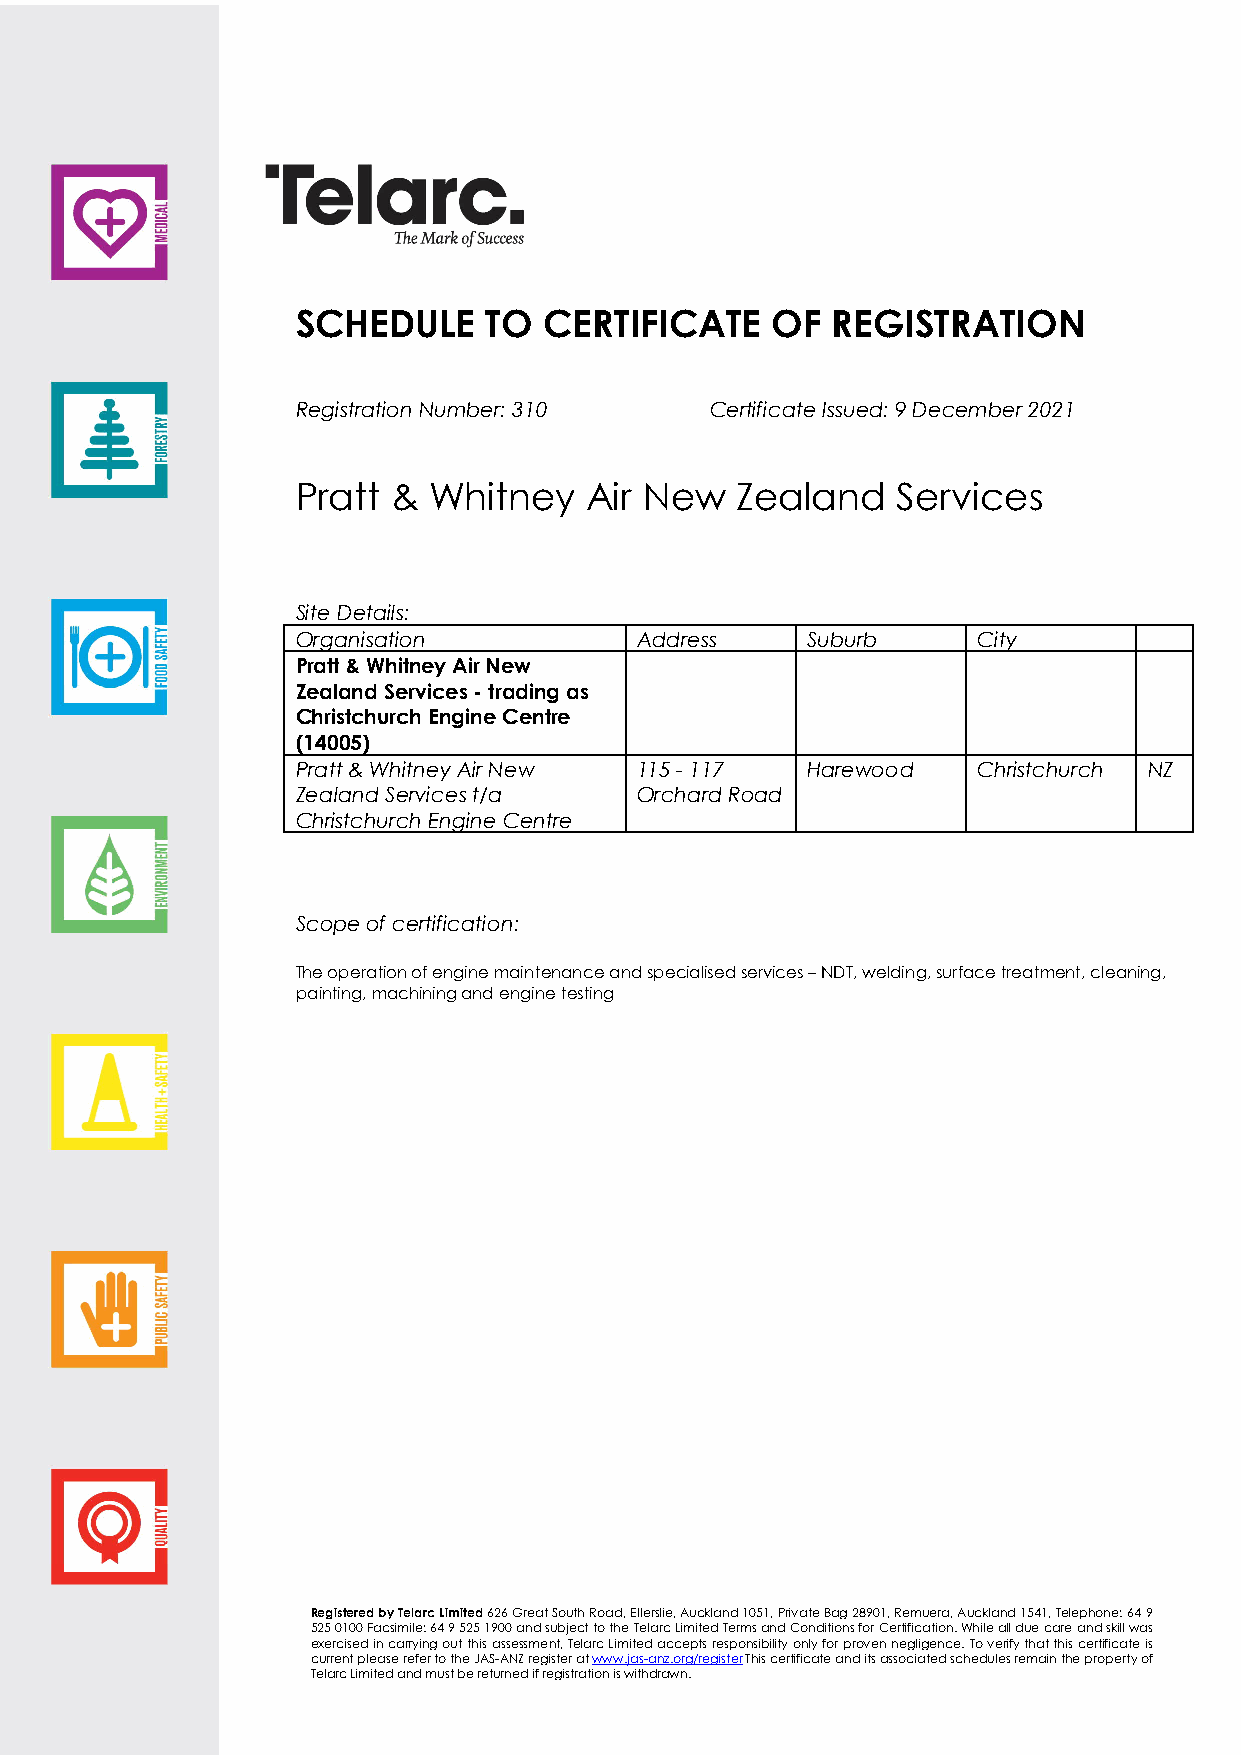
SCHEDULE    TO  CERTIFICATE    OF  REGISTRATION
 Registration Number: 310   Certificate Issued: 9 December 2021
 Pratt & Whitney    Air New   Zealand   Services
 Site Details:
 Organisation          Address    Suburb      City
 Pratt & Whitney Air New
 Zealand Services - trading as
 Christchurch Engine Centre
 (14005)
 Pratt & Whitney Air New 115 - 117 Harewood   Christchurch NZ
 Zealand Services t/a  Orchard Road
 Christchurch Engine Centre
 Scope of certification:
 The operation of engine maintenance and specialised services – NDT, welding, surface treatment, cleaning,
 painting, machining and engine testing
 Registered by Telarc Limited 626 Great South Road, Ellerslie, Auckland 1051, Private Bag 28901, Remuera, Auckland 1541, Telephone: 64 9
 525 0100 Facsimile: 64 9 525 1900 and subject to the Telarc Limited Terms and Conditions for Certification. While all due care and skill was
 exercised in carrying out this assessment, Telarc Limited accepts responsibility only for proven negligence. To verify that this certificate is
 current please refer to the JAS-ANZ register atwww.jas-anz.org/register This certificate and its associated schedules remain the property of
 Telarc Limited and must be returned if registration is withdrawn.